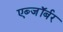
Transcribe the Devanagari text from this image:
एब्जॉर्बर